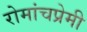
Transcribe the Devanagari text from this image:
रोमांचप्रेमी